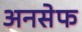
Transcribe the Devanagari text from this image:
अनसेफ